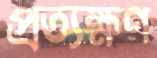
প্রত্যক্ষণ